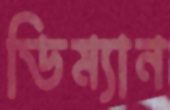
ডিম্যান